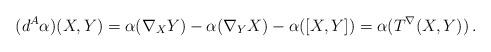
LaTeX: \begin{align*} (d^A\alpha)(X,Y)=\alpha(\nabla_XY)-\alpha(\nabla_YX)-\alpha([X,Y])=\alpha(T^\nabla (X,Y))\,.\end{align*}